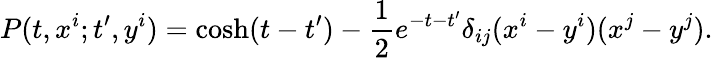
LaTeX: P(t,x^{i};t^{\prime},y^{i})=\cosh(t-t^{\prime})-{\frac{1}{2}}e^{-t-t^{\prime}}\delta_{ij}(x^{i}-y^{i})(x^{j}-y^{j}).